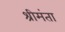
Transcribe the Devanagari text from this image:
श्रीमंता